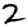
Digit: 2